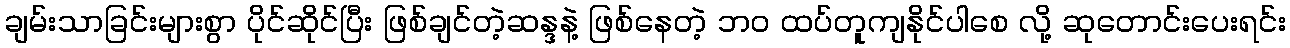
ချမ်းသာခြင်းများစွာ ပိုင်ဆိုင်ပြီး ဖြစ်ချင်တဲ့ဆန္ဒနဲ့ ဖြစ်နေတဲ့ ဘ၀ ထပ်တူကျနိုင်ပါစေ လို့ ဆုတောင်းပေးရင်း